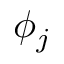
\phi _ { j }